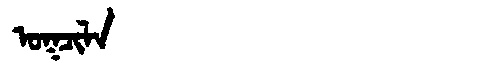
Manchu: ᠣᡴᠴᡳᠯᠠ
Romanization: OKCILA